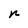
Character: n